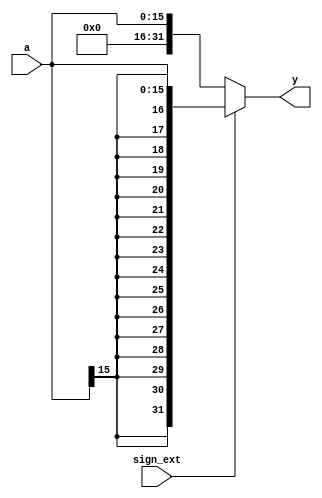
`timescale 1ns / 1ps
//////////////////////////////////////////////////////////////////////////////////
// Company: 
// Engineer: 
// 
// Design Name: 
// Module Name: signext
// Project Name: 
// Target Devices: 
// Tool Versions: 
// Description: 
// 
// Dependencies: 
// 
// Revision:
// Revision 0.01 - File Created
// Additional Comments:
// 
//////////////////////////////////////////////////////////////////////////////////


module signext(
    input wire sign_ext,
	input wire[15:0] a,
	output wire[31:0] y
    );

	assign y = sign_ext ? {{16{a[15]}},a} : {16'b0,a};
endmodule